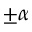
\pm \alpha